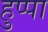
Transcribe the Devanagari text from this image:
हुप्पा